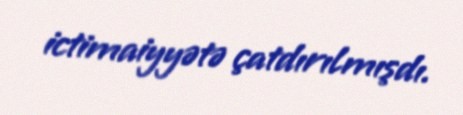
ictimaiyyətə çatdırılmışdı.